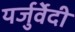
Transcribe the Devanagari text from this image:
यर्जुर्वेेदी